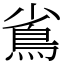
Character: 䲵